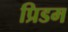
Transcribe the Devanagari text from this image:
प्रिडम